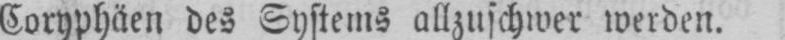
Coryphäen des Systems allzuschwer werden.